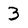
Character: 3